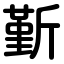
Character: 斳